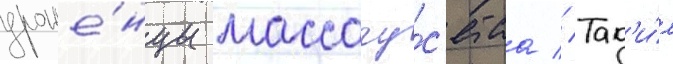
уроже́нцы массачу́с'етса // Так'и́м